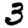
Digit: 3